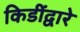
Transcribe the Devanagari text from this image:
किडींद्वारे